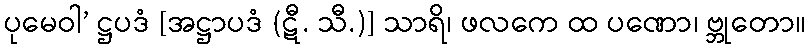
ပုမေဝါ’ ဋ္ဌပဒံ [အဋ္ဌာပဒံ (ဋီ. သီ.)] သာရိ၊ ဖလကေ ထ ပဏော၊ ဗ္ဘုတော။